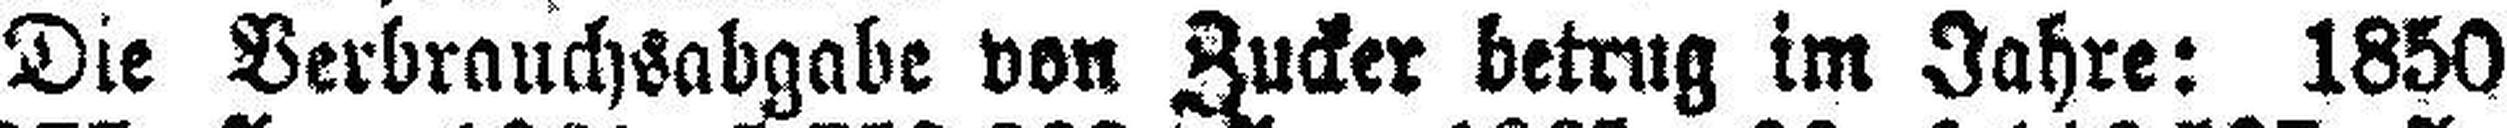
Die Verbrauchsabgabe von Zucker betrug im Jahre: 1850